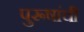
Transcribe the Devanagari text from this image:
पुरूषांची